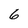
Character: 6